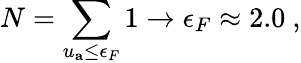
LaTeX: N=\sum_{u_{\mathbf{a}}\leq\epsilon_{F}}1\rightarrow\epsilon_{F}\approx 2.0~,